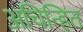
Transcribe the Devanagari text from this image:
अचिन्हित